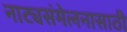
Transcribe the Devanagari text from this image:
नाट्यसंमेलनासाठी